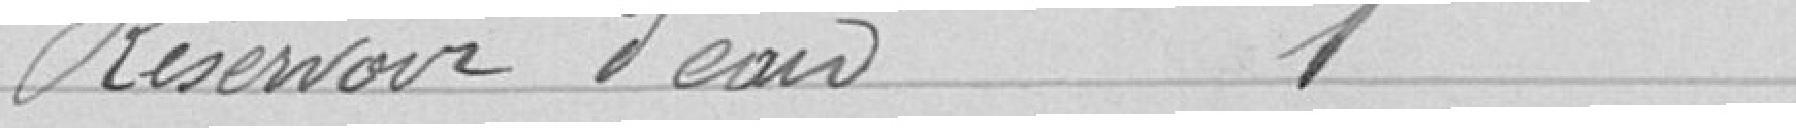
Réservoir d'eau. 1